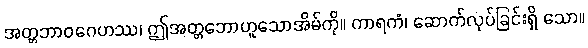
အတ္တဘာဝဂေဟဿ၊ ဤအတ္တဘောဟူသောအိမ်ကို။ ကာရကံ၊ ဆောက်လုပ်ခြင်းရှိ သော။